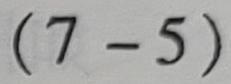
$(7 - 5)$